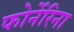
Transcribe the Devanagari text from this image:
फोर्नेरिना